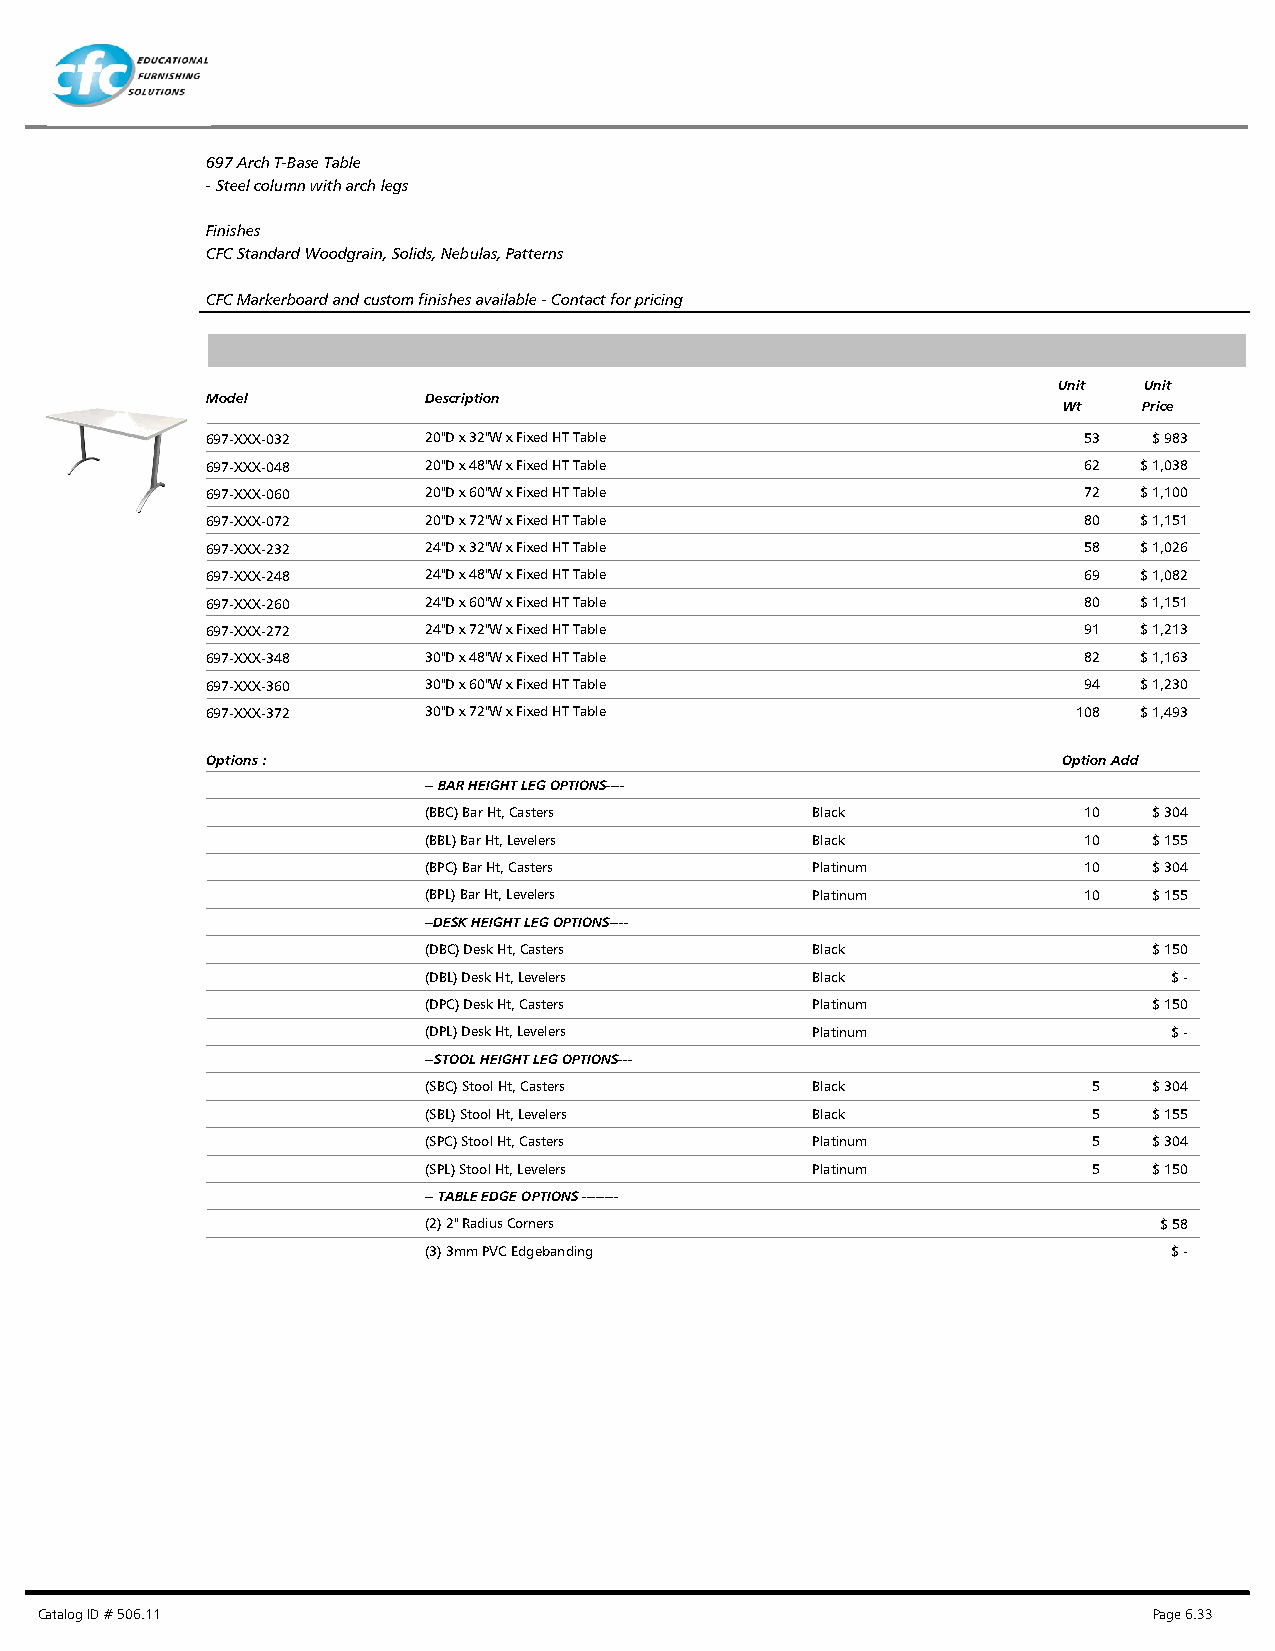
697 Arch T-Base Table
 - Steel column with arch legs
 Finishes
 CFC Standard Woodgrain, Solids, Nebulas, Patterns
 CFC Markerboard and custom finishes available - Contact for pricing
 Unit  Unit
 Model         Description
 Wt    Price
 697-XXX-032   20"D x 32"W x Fixed HT Table                53  $ 983
 697-XXX-048   20"D x 48"W x Fixed HT Table                62 $ 1,038
 697-XXX-060   20"D x 60"W x Fixed HT Table                72 $ 1,100
 697-XXX-072   20"D x 72"W x Fixed HT Table                80 $ 1,151
 697-XXX-232   24"D x 32"W x Fixed HT Table                58 $ 1,026
 697-XXX-248   24"D x 48"W x Fixed HT Table                69 $ 1,082
 697-XXX-260   24"D x 60"W x Fixed HT Table                80 $ 1,151
 697-XXX-272   24"D x 72"W x Fixed HT Table                91 $ 1,213
 697-XXX-348   30"D x 48"W x Fixed HT Table                82 $ 1,163
 697-XXX-360   30"D x 60"W x Fixed HT Table                94 $ 1,230
 697-XXX-372   30"D x 72"W x Fixed HT Table               108 $ 1,493
 Options :                                               Option Add
 -- BAR HEIGHT LEG OPTIONS----
 (BBC) Bar Ht, Casters     Black             10  $ 304
 (BBL) Bar Ht, Levelers    Black             10  $ 155
 (BPC) Bar Ht, Casters     Platinum          10  $ 304
 (BPL) Bar Ht, Levelers    Platinum          10  $ 155
 --DESK HEIGHT LEG OPTIONS----
 (DBC) Desk Ht, Casters    Black                 $ 150
 (DBL) Desk Ht, Levelers   Black                   $ -
 (DPC) Desk Ht, Casters    Platinum              $ 150
 (DPL) Desk Ht, Levelers   Platinum                $ -
 --STOOL HEIGHT LEG OPTIONS---
 (SBC) Stool Ht, Casters   Black             5   $ 304
 (SBL) Stool Ht, Levelers  Black             5   $ 155
 (SPC) Stool Ht, Casters   Platinum          5   $ 304
 (SPL) Stool Ht, Levelers  Platinum          5   $ 150
 -- TABLE EDGE OPTIONS --------
 (2) 2" Radius Corners                            $ 58
 (3) 3mm PVC Edgebanding                           $ -
 Catalog ID # 506.11                                                       Page 6.33